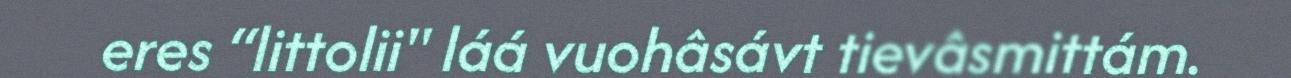
eres “littolii" láá vuohâsávt tievâsmittám.